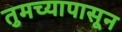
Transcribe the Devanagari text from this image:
तुमच्यापासून